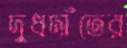
দুধদাঁতের